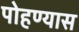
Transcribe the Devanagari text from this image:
पोहण्यास